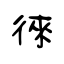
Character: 徠